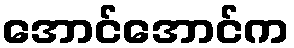
အောင်အောင်က